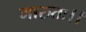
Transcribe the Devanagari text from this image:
मारुतः।।